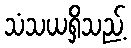
သံသယရှိသည့်